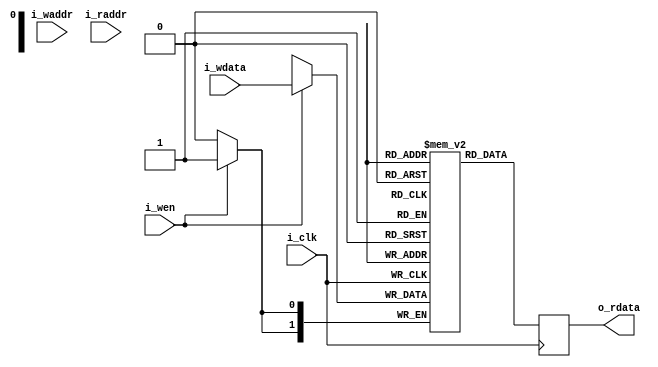
module serv_rf_ram
  #(parameter width=0,
    parameter csr_regs=4,
    parameter depth=32*(32+csr_regs)/width)
   (input wire i_clk,
    input wire [$clog2(depth)-1:0] i_waddr,
    input wire [width-1:0] 	   i_wdata,
    input wire 			   i_wen,
    input wire [$clog2(depth)-1:0] i_raddr,
    output reg [width-1:0] 	   o_rdata);
   
   reg [width-1:0] 		   memory [0:depth-1];

   always @(posedge i_clk) begin
      if (i_wen)
	memory[i_waddr] <= i_wdata;
      o_rdata <= memory[i_raddr];
   end

`ifdef SERV_CLEAR_RAM
   integer i;
   initial
     for (i=0;i<depth;i=i+1)
       memory[i] = {width{1'd0}};
`endif
endmodule